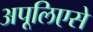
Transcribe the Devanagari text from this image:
अपूलिएसे